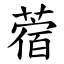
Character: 蓿